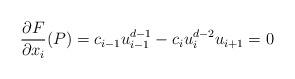
LaTeX: \begin{align*}\frac{\partial{F}}{\partial x_i}(P) = c_{i-1} u_{i-1}^{d-1} - c_i u_i^{d-2} u_{i+1} = 0 \end{align*}